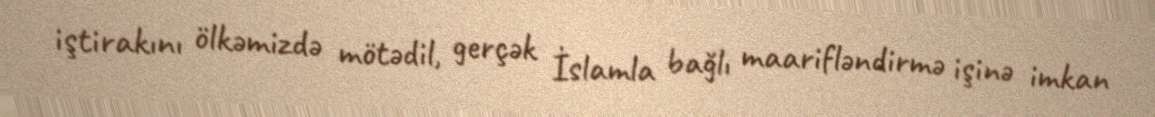
iştirakını ölkəmizdə mötədil, gerçək İslamla bağlı maarifləndirmə işinə imkan